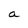
Character: a